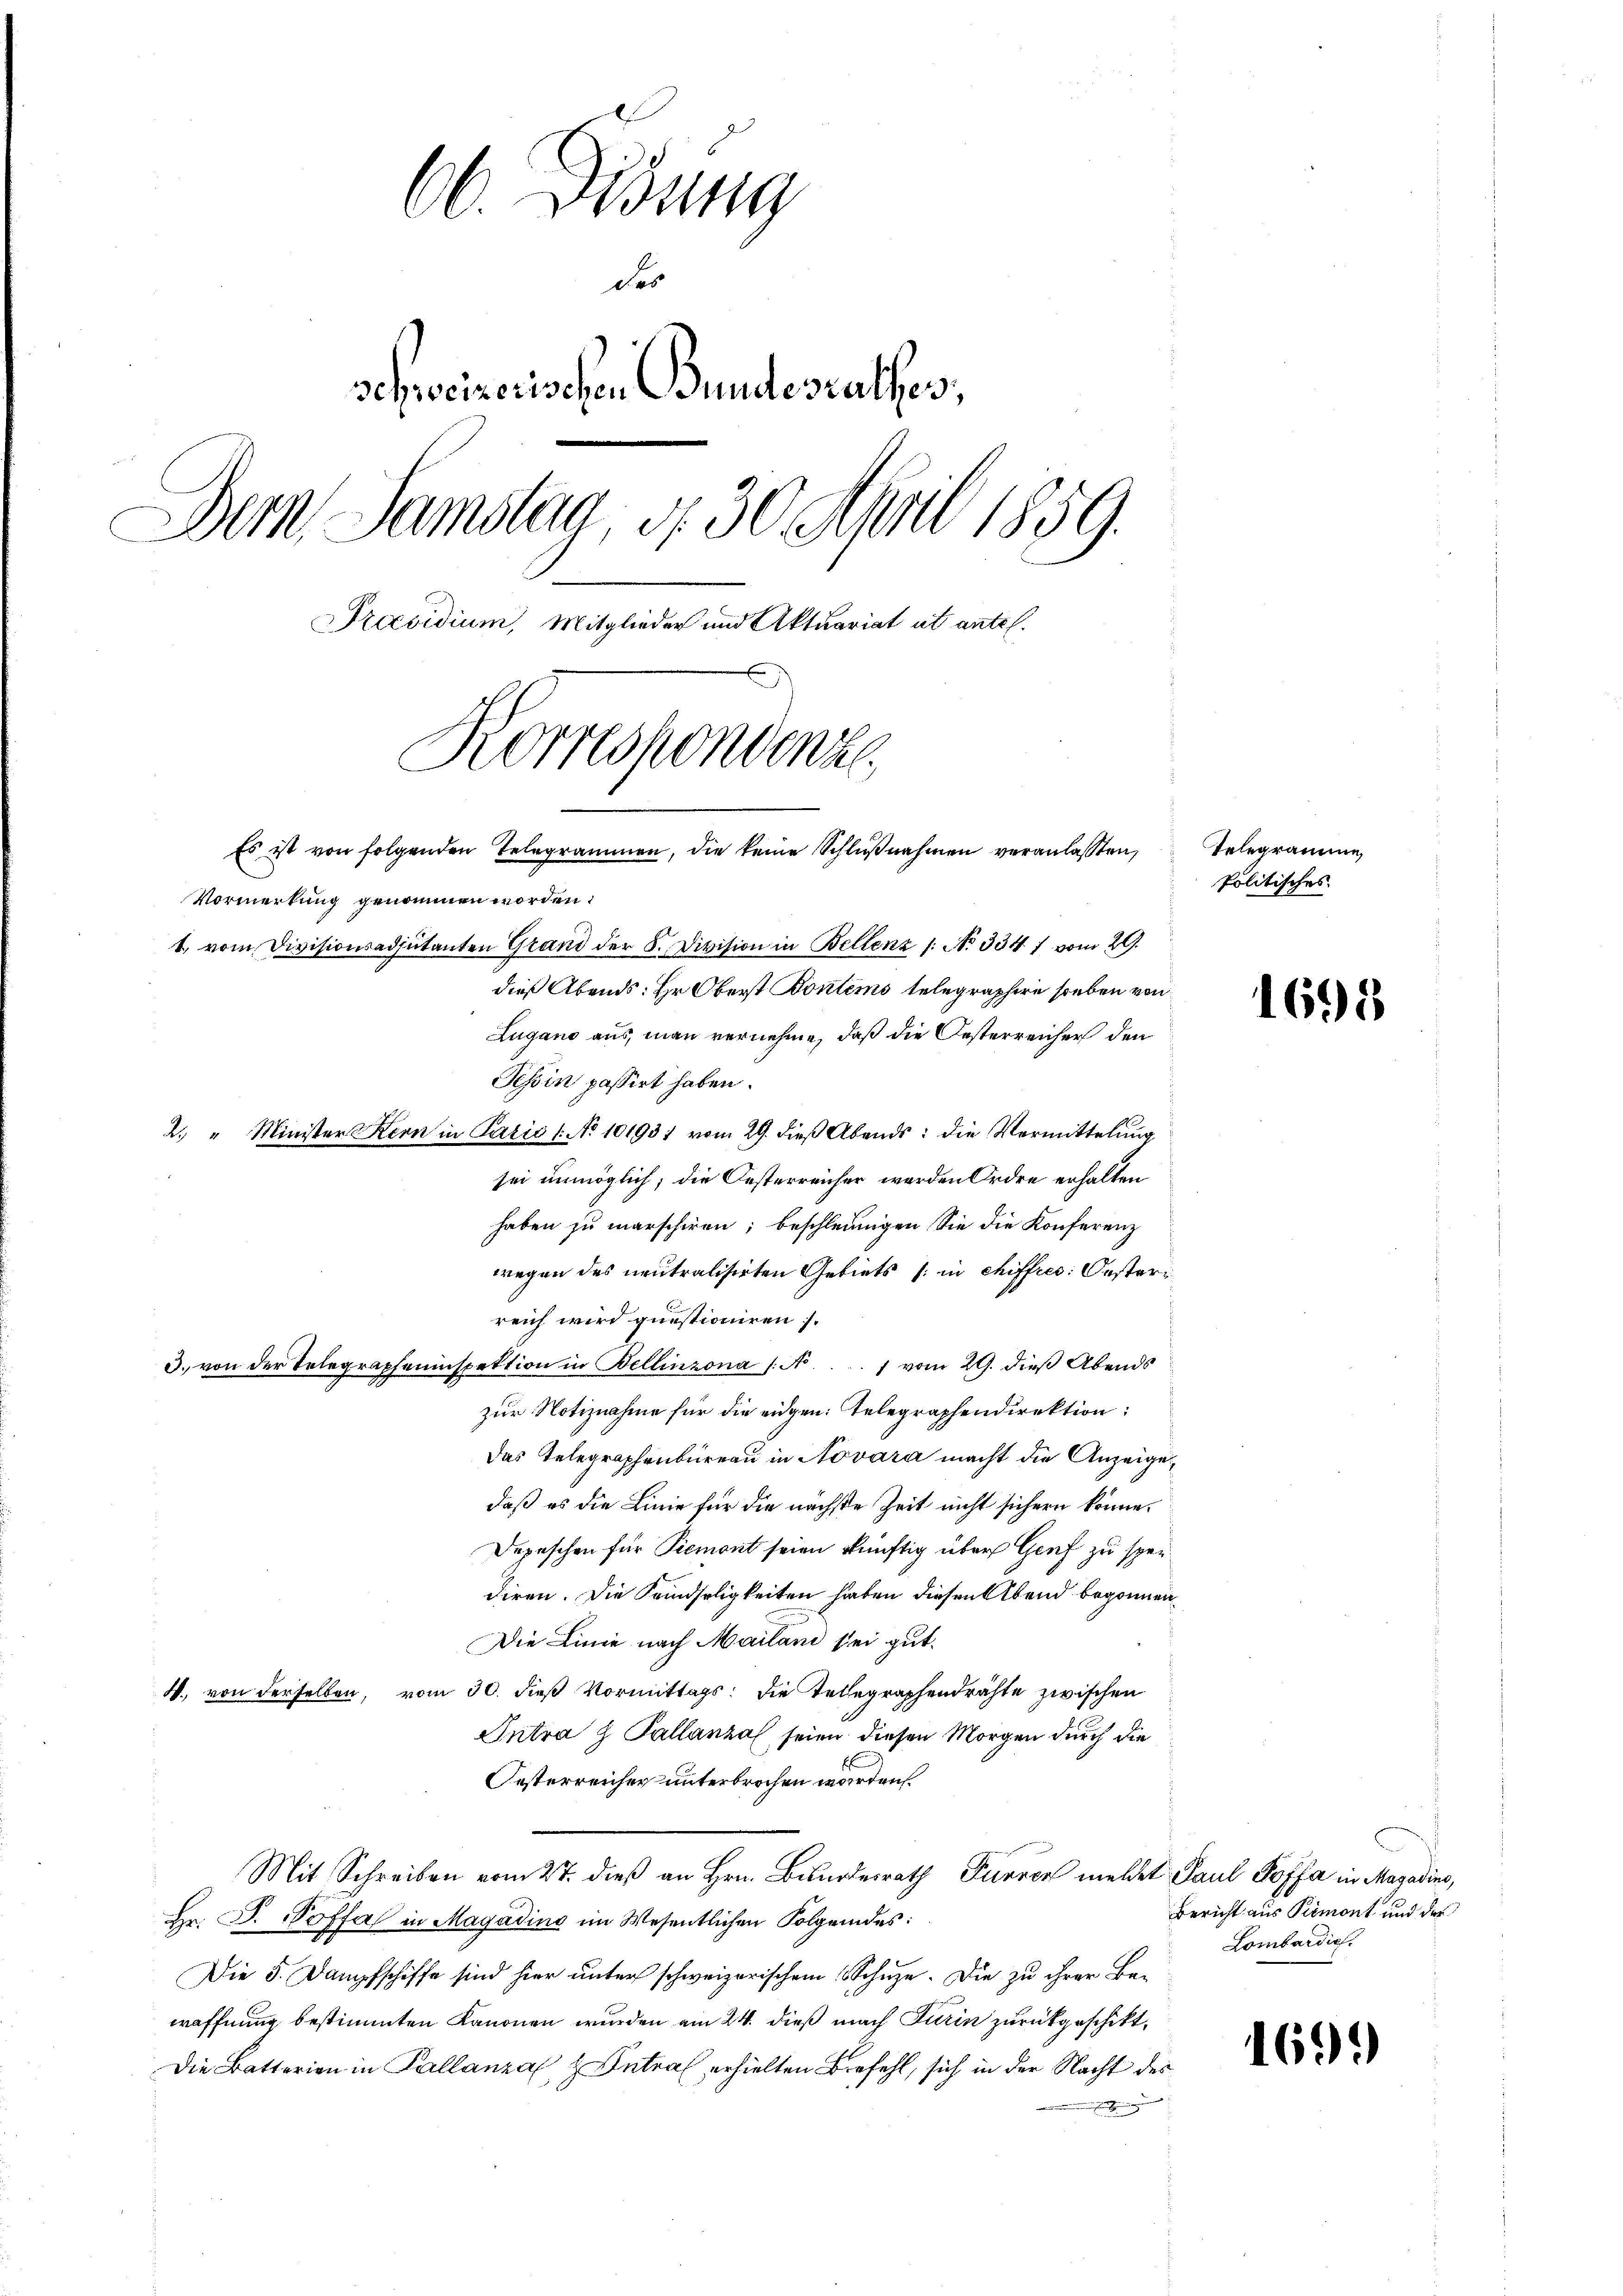
60. Disung
des
schweizerischen Bundesrathes;
Der Samstag, d. 30. April 1859.
Praesidium, Mitglieder und Aktuariat ut antel.
Korrespondenze
Es ist von folgenden Telegrammen, die keine Schlŭβnahmen veranlassen,

Vormerkung genommen worden:
1. vom Divisionsadjutanten Grand der 8. Division in Bellenz 1: No 334 1 vom 29.
dieß Abends: Hr. Oberst Boulems telegraphire soeben von
Lugano aus, man vernehme, daß die Oesterreicher den
Tessin passirt haben.
2. " Minister Kern in Paris No 101931 vom 29. dieβ Abends: die Vermittelung
sei unmöglich; die Oesterreicher werden Ordre erhalten
haben zu marschiren; beschleunigen Sie die Konferenz
wegen des neutralisirten Gebiets (in chiffres: Oesterreich wird guestioniren.
3. von der Telegrapheninspektion in Bellinzona (N. . . 7 vom 29. dieβ Abends
zur Notiznahme für die eidgen: Telegraphendirektion:
Das Telegraphenbureau in Novara macht die Anzeigedaß es die Linie für die nächste Zeit nicht sichern könne.
Depeschen für Piemont seien künftig über Genf zu sper
diren. Die Kandseligkeiten haben diesen Abend begonnen,
Die Linie nach Mailand sei gut.
W. von derselben, vom 30. dieß Vormittags: die Telegraphendrähte zwischen
Intra g Pallanzal seien diesen Morgen durch die
Oesterreicher unterbrochen worden.
Mit Schreiben vom 27. dieß an Hrn. Bundesrath Furren meldet Paul Poffa in Magadino,
Hr. D. Poffa in Magadins im Wesentlichen Folgendes:
Die 5. Dampfschiffe sind hier unter schweizerischem Schüze. Die zu ihrer Bawaffnung bestimmten Kanonen wurden am 24. dieß nach Turin zurückgeschikt,
Die Batterien in Pallanzal & Antral erhielten Befehl, sich in der Nacht des
h

Telegramme
Politisches

1695

Bericht aus Piemont und der
Lombardie

1699)